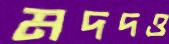
মদদও